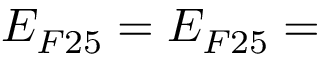
E _ { F 2 5 } = E _ { F 2 5 } =